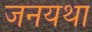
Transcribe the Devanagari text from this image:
जनयथा